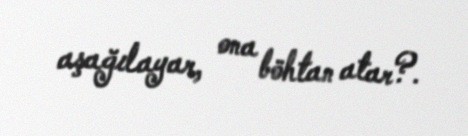
aşağılayar, ona böhtan atar?.